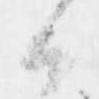
候